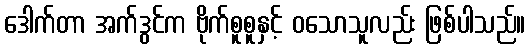
ဒေါက်တာ အက်ဒွင်က ဗိုက်စူစူနှင့် ဝသောသူလည်း ဖြစ်ပါသည်။